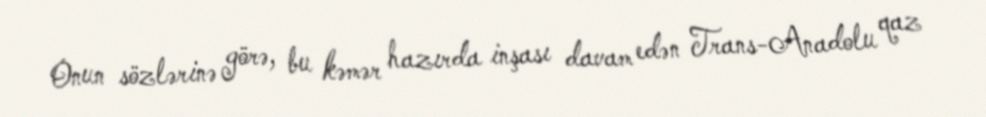
Onun sözlərinə görə, bu kəmər hazırda inşası davam edən Trans-Anadolu qaz